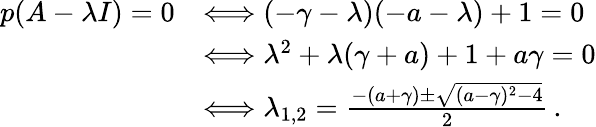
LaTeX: \begin{array}{rl}{p(A-\lambda I)=0}&{\Longleftrightarrow(-\gamma-\lambda)(-a-\lambda)+1=0}\\ &{\Longleftrightarrow\lambda^{2}+\lambda(\gamma+a)+1+a\gamma=0}\\ &{\Longleftrightarrow\lambda_{1,2}=\frac{-(a+\gamma)\pm\sqrt{(a-\gamma)^{2}-4}}{2}\, .}\end{array}